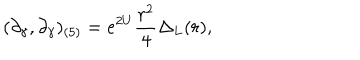
LaTeX: ( \partial _ { \gamma } , \partial _ { \gamma } ) _ { ( 5 ) } = e ^ { 2 U } \frac { r ^ { 2 } } { 4 } \Delta _ { L } ( r ) ,